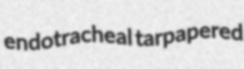
endotracheal tarpapered